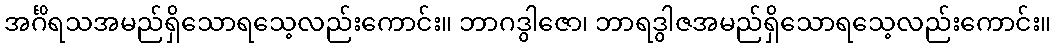
အင်္ဂိရသအမည်ရှိသောရသေ့လည်းကောင်း။ ဘာဂဒွါဇော၊ ဘာရဒွါဇအမည်ရှိသောရသေ့လည်းကောင်း။